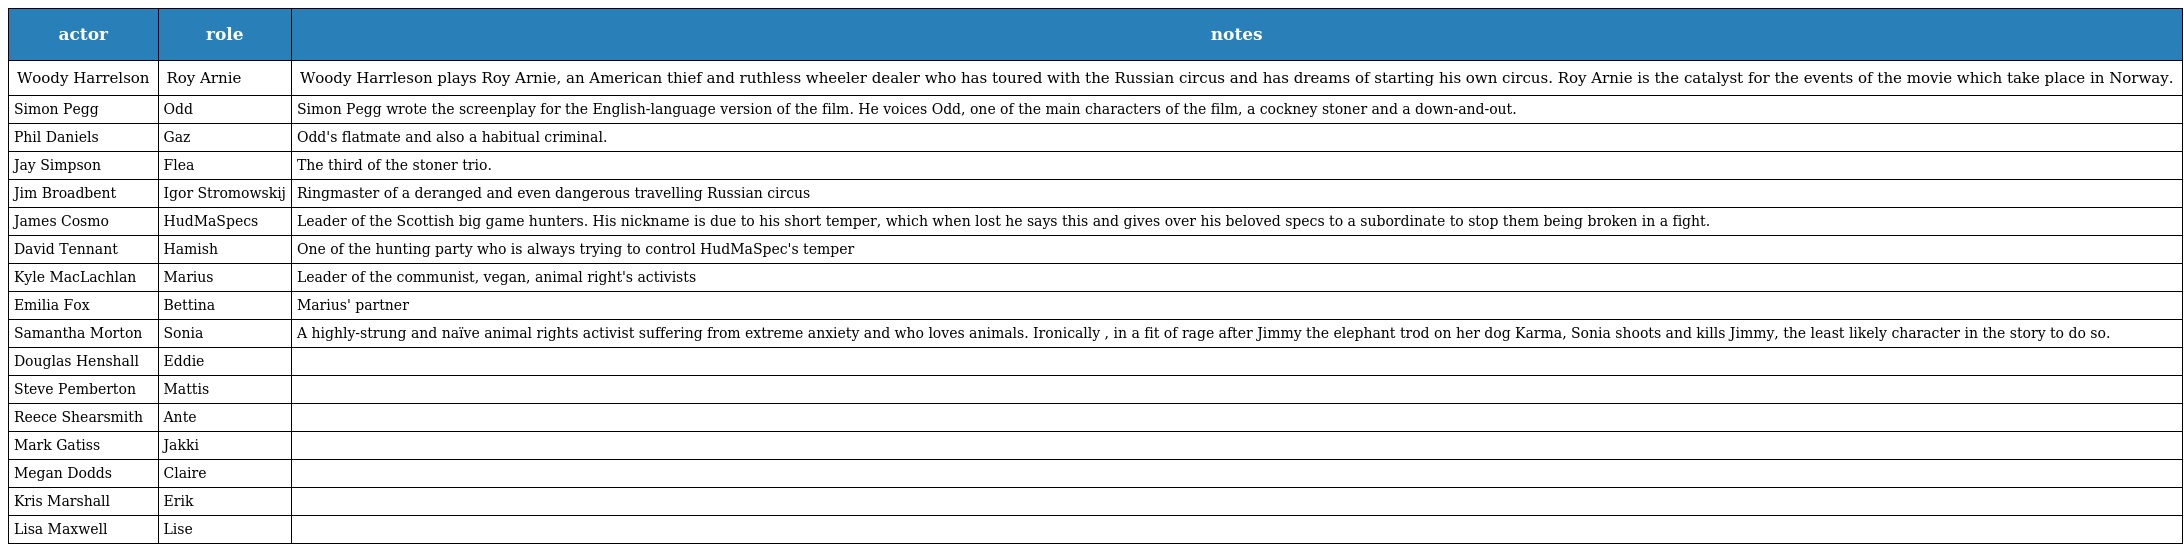
| actor | role | notes |
 | --- | --- | --- |
 | Woody Harrelson | Roy Arnie | Woody Harrleson plays Roy Arnie, an American thief and ruthless wheeler dealer who has toured with the Russian circus and has dreams of starting his own circus. Roy Arnie is the catalyst for the events of the movie which take place in Norway. |
 | Simon Pegg | Odd | Simon Pegg wrote the screenplay for the English-language version of the film. He voices Odd, one of the main characters of the film, a cockney stoner and a down-and-out. |
 | Phil Daniels | Gaz | Odd's flatmate and also a habitual criminal. |
 | Jay Simpson | Flea | The third of the stoner trio. |
 | Jim Broadbent | Igor Stromowskij | Ringmaster of a deranged and even dangerous travelling Russian circus |
 | James Cosmo | HudMaSpecs | Leader of the Scottish big game hunters. His nickname is due to his short temper, which when lost he says this and gives over his beloved specs to a subordinate to stop them being broken in a fight. |
 | David Tennant | Hamish | One of the hunting party who is always trying to control HudMaSpec's temper |
 | Kyle MacLachlan | Marius | Leader of the communist, vegan, animal right's activists |
 | Emilia Fox | Bettina | Marius' partner |
 | Samantha Morton | Sonia | A highly-strung and naïve animal rights activist suffering from extreme anxiety and who loves animals. Ironically , in a fit of rage after Jimmy the elephant trod on her dog Karma, Sonia shoots and kills Jimmy, the least likely character in the story to do so. |
 | Douglas Henshall | Eddie |  |
 | Steve Pemberton | Mattis |  |
 | Reece Shearsmith | Ante |  |
 | Mark Gatiss | Jakki |  |
 | Megan Dodds | Claire |  |
 | Kris Marshall | Erik |  |
 | Lisa Maxwell | Lise |  |